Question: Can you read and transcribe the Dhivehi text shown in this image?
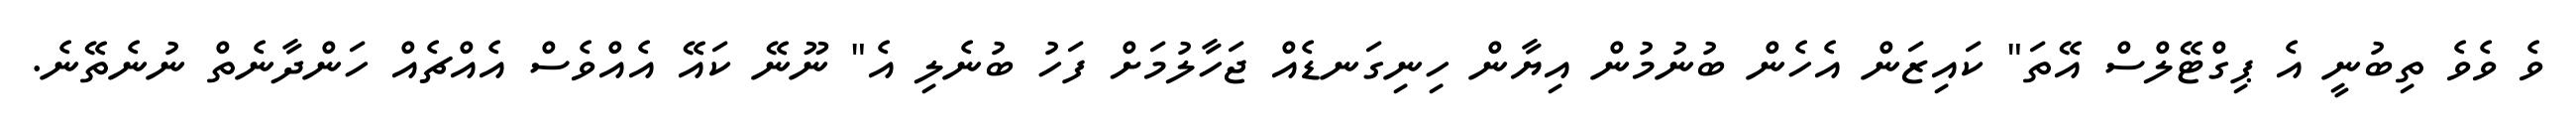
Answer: ވެ ވެވެ ތިބުނީ އެ ޕިގްޓޭލްސް އޭތަ" ކައިޒަން އެހެން ބުނުމުން އިޔާން ހިނިގަނޑެއް ޖަހާލުމަށް ފަހު ބުނެލި އެ" ނޫނޭ ކައޭ އެއްވެސް އެއްޗެއް ހަންދާނެތް ނުނެތޭނެ.